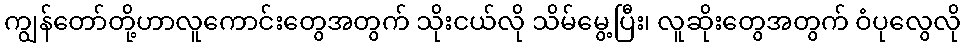
ကျွန်တော်တို့ဟာလူကောင်းတွေအတွက် သိုးငယ်လို သိမ်မွေ့ပြီး၊ လူဆိုးတွေအတွက် ဝံပုလွေလို